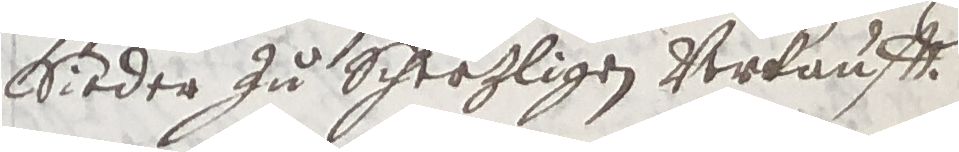
sieder zu scheezligen verkaufft